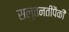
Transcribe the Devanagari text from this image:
सल्तनतींपैकी